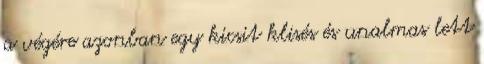
a végére azonban egy kicsit klisés és unalmas lett